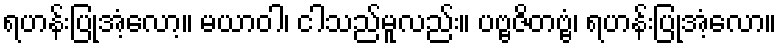
ရဟန်းပြုအံ့လော့။ မယာဝါ၊ ငါသည်မူလည်း။ ပဗ္ဗဇိတဗ္ဗံ၊ ရဟန်းပြုအံ့လော။